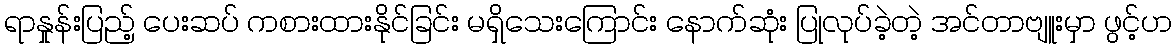
ရာနှုန်းပြည့် ပေးဆပ် ကစားထားနိုင်ခြင်း မရှိသေးကြောင်း နောက်ဆုံး ပြုလုပ်ခဲ့တဲ့ အင်တာဗျူးမှာ ဖွင့်ဟ